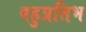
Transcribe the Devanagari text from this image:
बहुप्रतिभ